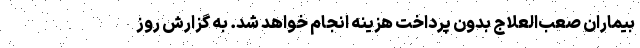
بیماران صعب‌العلاج بدون پرداخت هزینه انجام خواهد شد. به گزارش روز